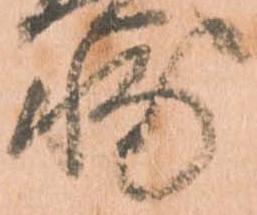
輔